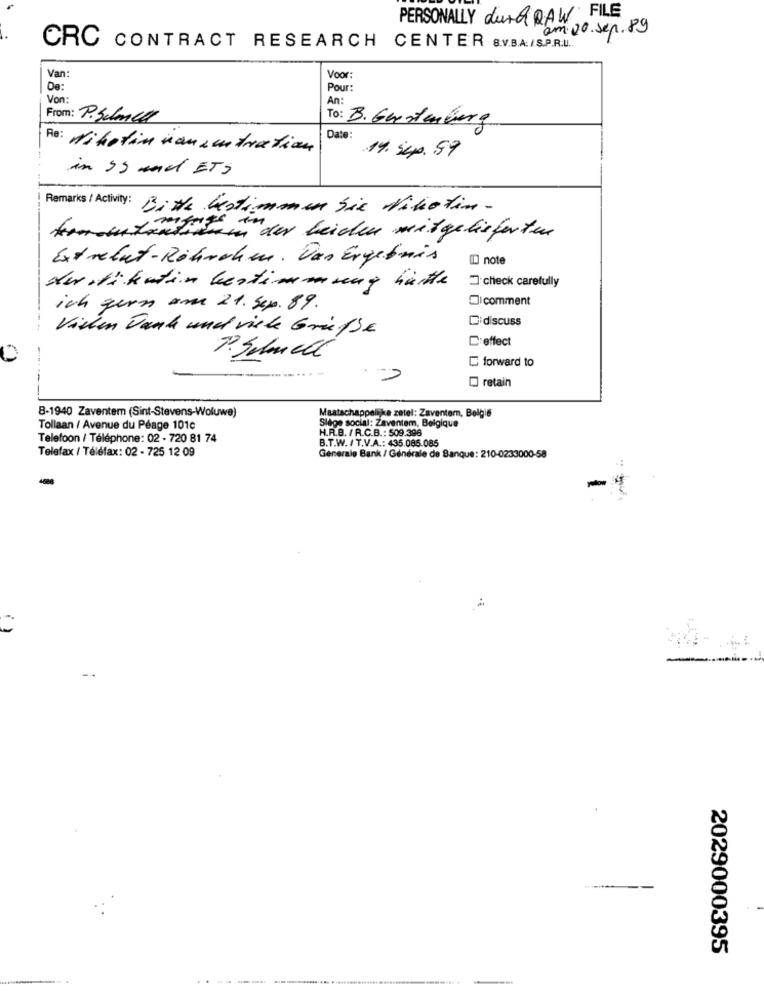
PERSONALLY dut& RAW FILE
am: 20. sep. 89
CRC CONTRACT RESEARCH CENTER 8.V.B.A./S.P.R.U ..
Van:
Voor:
De:
Pour
Von:
An:
From: P.Schnell
To: B. Gerstenberg
Date:
Re: Nikotin konzentration
14. Sep.89
in 99 and ETS
Remarks / Activity: Bitte Kestimmen sie Nikotin-
karantäntivein der beichen mitgelieferten
Extrebut-Röhrchen. Das Ergebnis
[D] note
check carefully
Kw , ti ketin bestimmung hätte
Dicomment
ich guen um 21. Sep. 89.
Cidiscuss
Vielen Dank und viele Griffe
C:effect
0
1. Schnell
C forward to
O retain
8-1940 Zaventem (Sint-Stevens-Woluwe)
Maatschappelijke zatel: Zaventem, Belgie
Tollaan / Avenue du Péage 101c
H.R.B. / R.C.B .: 509.396
Siège social: Zaventem, Belgique
Telefoon / Téléphone: 02 - 720 81 74
B.T.W. / T.V.A .: 435.085.086
Telefax / Téléfax: 02 - 725 12 09
Generale Bank / Générale de Banque: 210-0233000-58
..
-.
2029000395